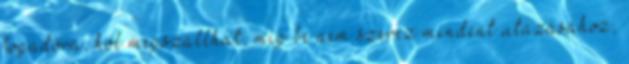
fogadóra, hol megszállhat, míg be nem szerez mindent utazásához,